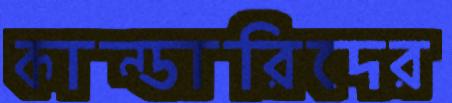
কান্ডারিদের